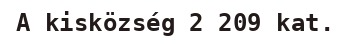
A kisközség 2 209 kat.